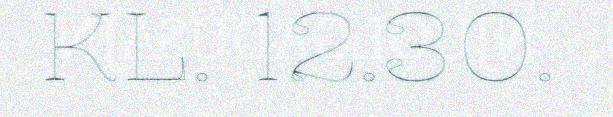
KL. 12.30.